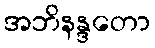
အဘိနန္ဒတော